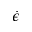
\dot { \epsilon }